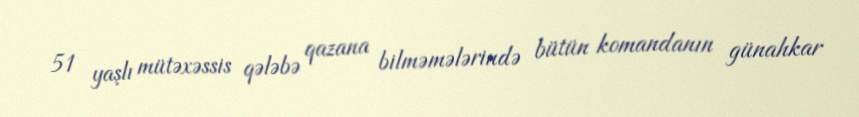
51 yaşlı mütəxəssis qələbə qazana bilməmələrində bütün komandanın günahkar